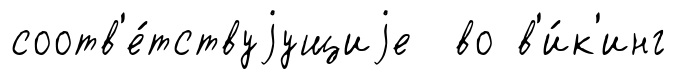
соотв'е́тствуjущиjе во в'и́к'инг